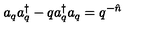
a _ { q } a _ { q } ^ { \dag } - q a _ { q } ^ { \dag } a _ { q } = q ^ { - \hat { n } }